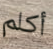
أكلم